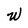
Character: W